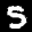
Label: 5